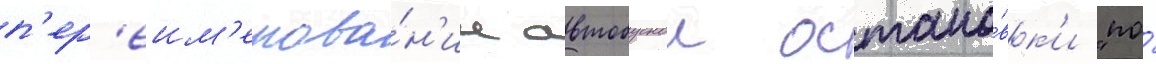
п'ер'еим'енова́н'ии автобуснои остано́вк'и "по́